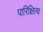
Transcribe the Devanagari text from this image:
पारिक्षित्य